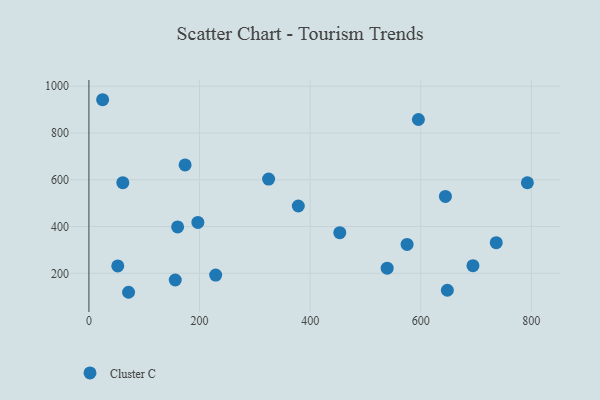
{"axis": {"x": "Study Hours", "y": "Demand"}, "legend": ["Cluster C"], "data": [{"x": "792.8", "y": 587.2, "type": "Cluster C"}, {"x": "575.3", "y": 323.4, "type": "Cluster C"}, {"x": "173.9", "y": 663.4, "type": "Cluster C"}, {"x": "71.7", "y": 118.9, "type": "Cluster C"}, {"x": "595.8", "y": 857.7, "type": "Cluster C"}, {"x": "648.1", "y": 127.6, "type": "Cluster C"}, {"x": "160.4", "y": 398.2, "type": "Cluster C"}, {"x": "453.6", "y": 373.8, "type": "Cluster C"}, {"x": "694.4", "y": 232.6, "type": "Cluster C"}, {"x": "61.3", "y": 587.7, "type": "Cluster C"}, {"x": "736.5", "y": 330.8, "type": "Cluster C"}, {"x": "52.2", "y": 231.5, "type": "Cluster C"}, {"x": "539.3", "y": 222.0, "type": "Cluster C"}, {"x": "156.1", "y": 171.4, "type": "Cluster C"}, {"x": "24.8", "y": 942.3, "type": "Cluster C"}, {"x": "644.6", "y": 528.9, "type": "Cluster C"}, {"x": "324.9", "y": 603.0, "type": "Cluster C"}, {"x": "378.6", "y": 487.9, "type": "Cluster C"}, {"x": "197.0", "y": 417.8, "type": "Cluster C"}, {"x": "229.2", "y": 192.4, "type": "Cluster C"}]}